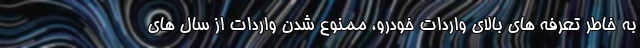
به خاطر تعرفه های بالای واردات خودرو، ممنوع شدن واردات از سال های